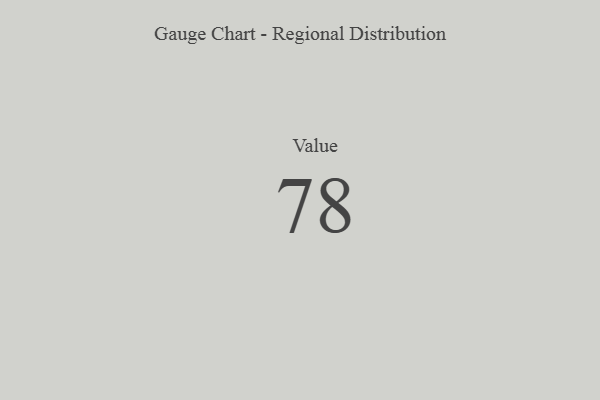
{"axis": {"x": "Metric", "y": "Value"}, "legend": [""], "data": [{"x": "Value", "y": 78, "type": ""}]}